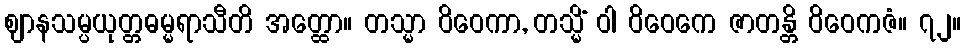
ဈာနသမ္ပယုတ္တဓမ္မရာသီတိ အတ္ထော။ တသ္မာ ဝိဝေကာ, တသ္မိံ ဝါ ဝိဝေကေ ဇာတန္တိ ဝိဝေကဇံ။ ၇၂။